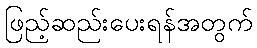
ဖြည့်ဆည်းပေးရန်အတွက်